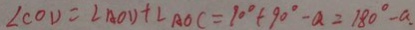
\angle C O D = \angle A O D + \angle A O C = 9 0 ^ { \circ } + 9 0 ^ { \circ } - a = 1 8 0 ^ { \circ } - a .